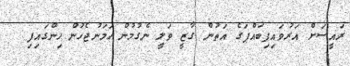
ރައީސަށް އަރުވައިފިބައްޕަގެ އަތުން ގާޒީ ވަލީ ނެގުމުން ހަމަނުޖެހުން ހިންގައިފި